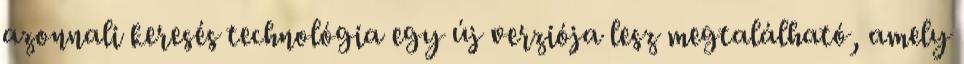
azonnali keresés technológia egy új verziója lesz megtalálható, amely